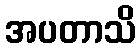
အပတာသိ